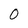
Character: 0